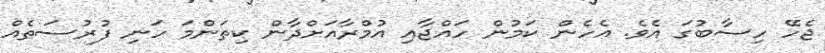
ޖެހޭ ހިސާބުގަ އެވެ. އެހެން ކަމުން ހައްޖާއި އުމްރާއަށްދާން ކިތަންމަ ހަނި ފުުރުސަތެއް